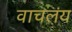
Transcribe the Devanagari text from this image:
वाचलंय